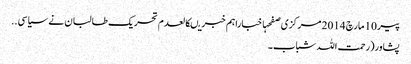
پیر 10 مارچ 2014 مرکزی صفحہاخباراہم خبریںکالعدم تحریک طالبان نے سیاسی ..
پشاور(رحمت اللہ شباب۔